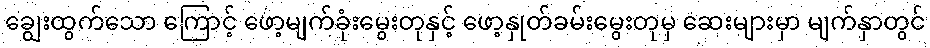
ချွေးထွက်သော ကြောင့် ဖော့မျက်ခုံးမွေးတုနှင့် ဖော့နှုတ်ခမ်းမွေးတုမှ ဆေးများမှာ မျက်နှာတွင်